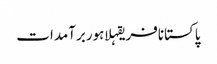
پاکستانافریقہلاہوربرآمدات